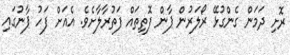
ރޮށި ދަމަން ގެންގުޅޭ ރޯލަރުން ޕާން ފޮތިތައް ފަތުރާލާށެވެ. އެއަށް ފަހު ޕާނުގައި